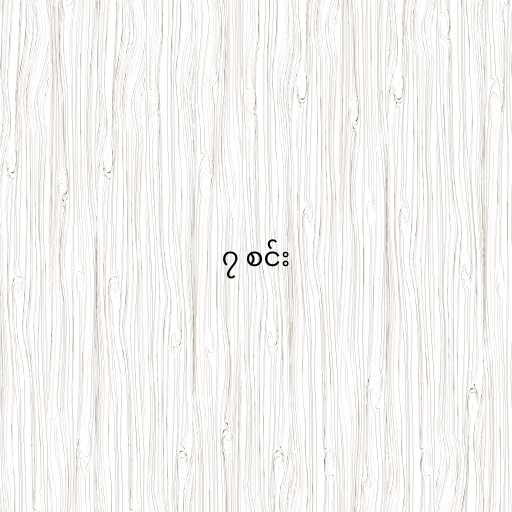
၇ စင်း